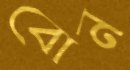
বোন